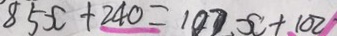
8 5 x + 2 4 0 = 1 0 7 x + 1 0 2